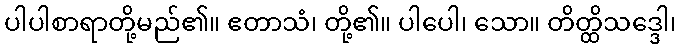
ပါပါစာရာတို့မည်၏။ ဧတာသံ၊ တို့၏။ ပါပေါ၊ သော။ တိတ္ထိသဒ္ဒေါ၊